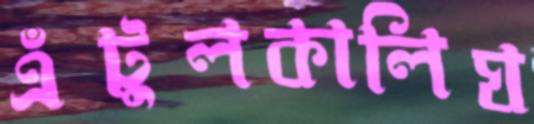
এঁটুলকালিঘ